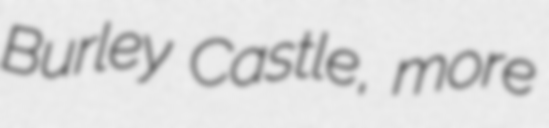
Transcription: Burley Castle, more